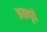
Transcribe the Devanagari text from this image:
अक्षवृत्ते